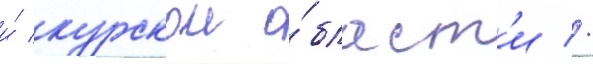
и́ курскои о́бласт'и //